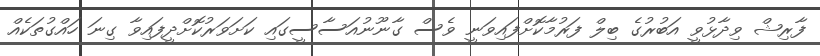
ފާރިޝް ވިދާޅުވީ އަބުރުގެ ބިލް ފަރުމާކޮށްފައިވަނީ ވެސް ގާނޫނުއަސާސީގައި ކަށަވަރުކޮށްދީފައިވާ ގިނަ ހައްގުތަކެއް